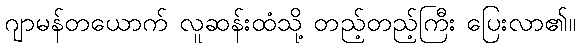
ဂျာမန်တယောက် လူဆန်းထံသို့ တည့်တည့်ကြီး ပြေးလာ၏။